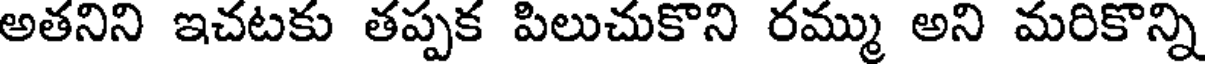
అతనిని ఇచటకు తప్పక పిలుచుకొని రమ్ము అని మరికొన్ని